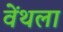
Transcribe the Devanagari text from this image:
वेंथला